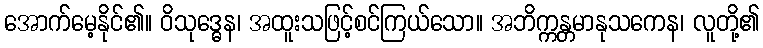
အောက်မေ့နိုင်၏။ ဝိသုဒ္ဓေန၊ အထူးသဖြင့်စင်ကြယ်သော။ အဘိက္ကန္တမာနုသကေန၊ လူတို့၏